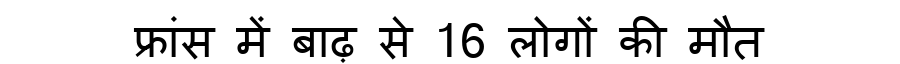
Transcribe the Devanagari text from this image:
फ्रांस में बाढ़ से 16 लोगों की मौत